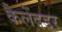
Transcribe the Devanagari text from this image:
कैलेंदडर